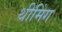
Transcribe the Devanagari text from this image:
थीमिंग